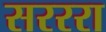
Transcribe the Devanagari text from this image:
सरररा